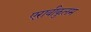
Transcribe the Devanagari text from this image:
एरावीकुलम